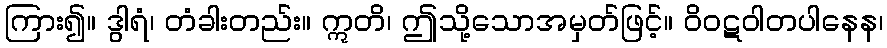
ကြား၍။ ဒွါရံ၊ တံခါးတည်း။ ဣတိ၊ ဤသို့သောအမှတ်ဖြင့်။ ဝိဝဋဝါတပါနေန၊